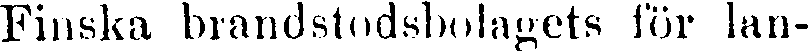
Finska brandstodsbolagets för lan-